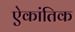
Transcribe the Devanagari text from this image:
ऐकांतिक